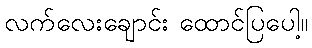
လက်လေးချောင်း ထောင်ပြပေါ့။